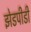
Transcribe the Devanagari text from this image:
झेडपीडी